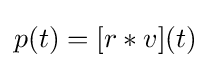
p(t)=[r*v](t)